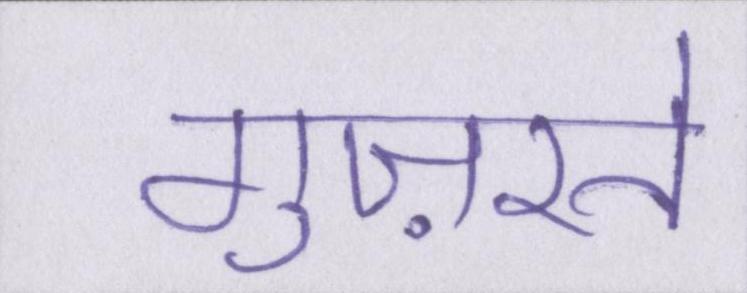
गुज़रते